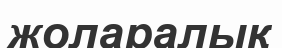
жоларалық